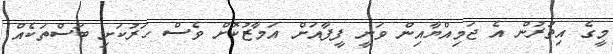
މީގެ އިތުރުން އެ ޖަމިއްޔާއިން ވަނީ ފީފާއަށް އަމާޒުކޮށް ވެސް ހަރުކަށި ބަސްތަކެއް